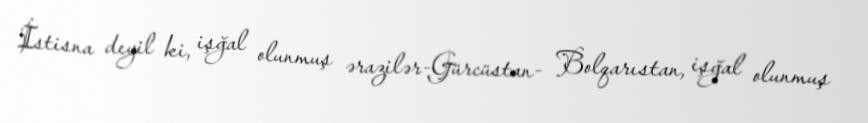
İstisna deyil ki, işğal olunmuş ərazilər-Gürcüstan- Bolqarıstan, işğal olunmuş